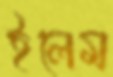
ইলেম